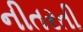
નીતરતી